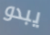
يبدو